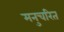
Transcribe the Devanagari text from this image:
मनुचरित